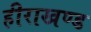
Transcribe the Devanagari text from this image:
हीराखण्ड